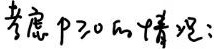
考虑 \(p \geq 0\) 的情况: